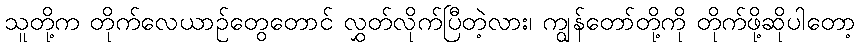
သူတို့က တိုက်လေယာဉ်တွေတောင် လွှတ်လိုက်ပြီတဲ့လား၊ ကျွန်တော်တို့ကို တိုက်ဖို့ဆိုပါတော့